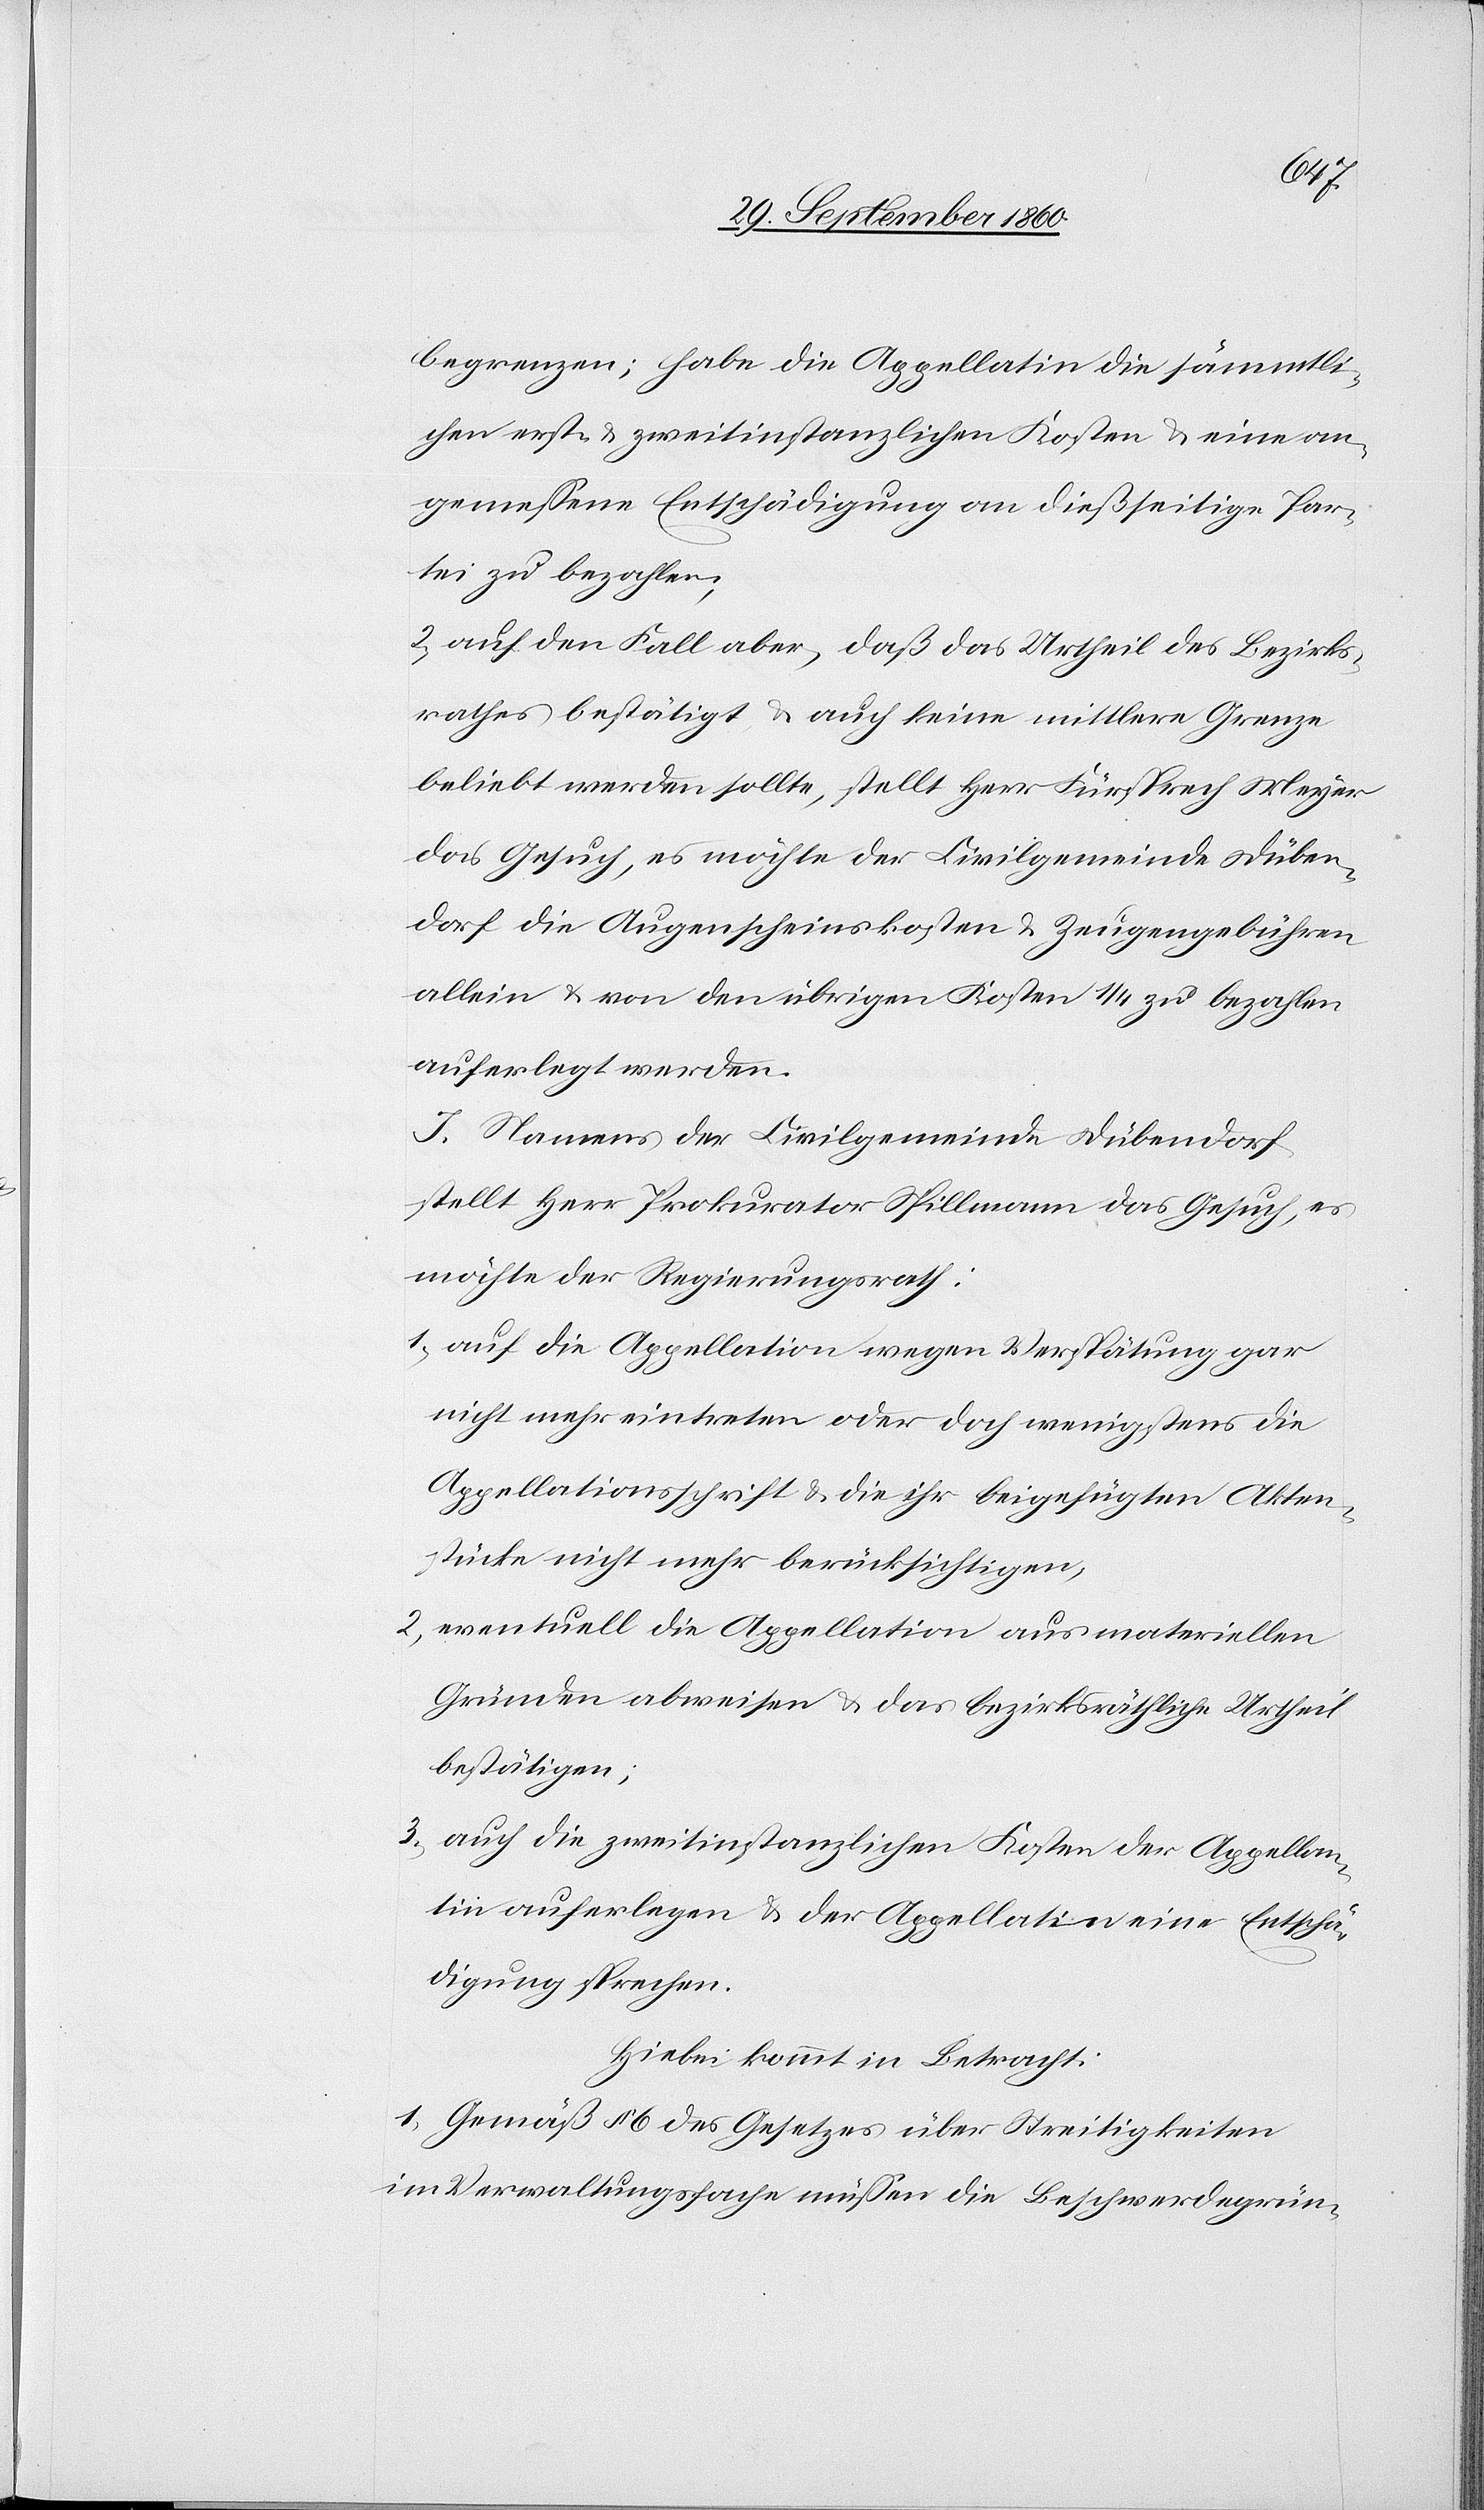
begrenzen; habe die Appellatin die sämmtli¬
chen erst- u. zweitinstanzlichen Kosten u. eine an¬
gemessene Entschädigung an dießseitige Par¬
tei zu bezahlen;
2. Auf den Fall aber, daß das Urtheil des Bezirks¬
rathes bestätigt u. auch keine mittlere Grenze
beliebt werden sollte, stellt Herr Fürsprech Meyer
das Gesuch, es möchte der Civilgemeinde Düben¬
dorf die Augenscheinskosten u. Zeugengebühren
allein u. von den übrigen Kosten zu bezahlen
auferlegt werden.
J. Namens der Civilgemeinde Dübendorf
stellt Herr Prokurator Spillmann das Gesuch, es
möchte der Regierungsrath:
1. auf die Appellation wegen Verspätung gar
nicht mehr eintreten oder doch wenigstens die
Appellationsschrift & die ihr beigefügten Akten¬
stücke nicht mehr berücksichtigen,
2. eventuell die Appellation aus materiellen
Gründen abweisen & das bezirksräthliche Urtheil
bestätigen;
3. auch die zweitinstanzlichen Kosten der Appellan¬
tin auferlegen & der Appellatin eine Entschä¬
digung [zu] sprechen.
Hiebei kommt in Betracht:
1. Gemäß § 6 des Gesetzes über Streitigkeiten
im Verwaltungsfache müssen die Beschwerdegrün-